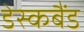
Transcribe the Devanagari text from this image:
डेस्कबैंड